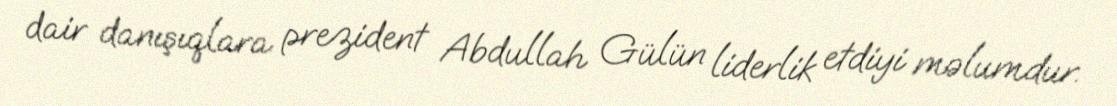
dair danışıqlara prezident Abdullah Gülün liderlik etdiyi məlumdur.